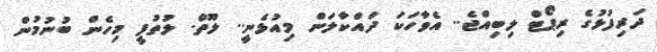
ދަރިފުޅުގެ ރިޕޯޓް ލިބިއްޖެ.. އެވާހަކަ ދައްކާލަން މިއުޅެނީ.. ލޫތް. ލުތުފީ މިހެން ބުނުމުން